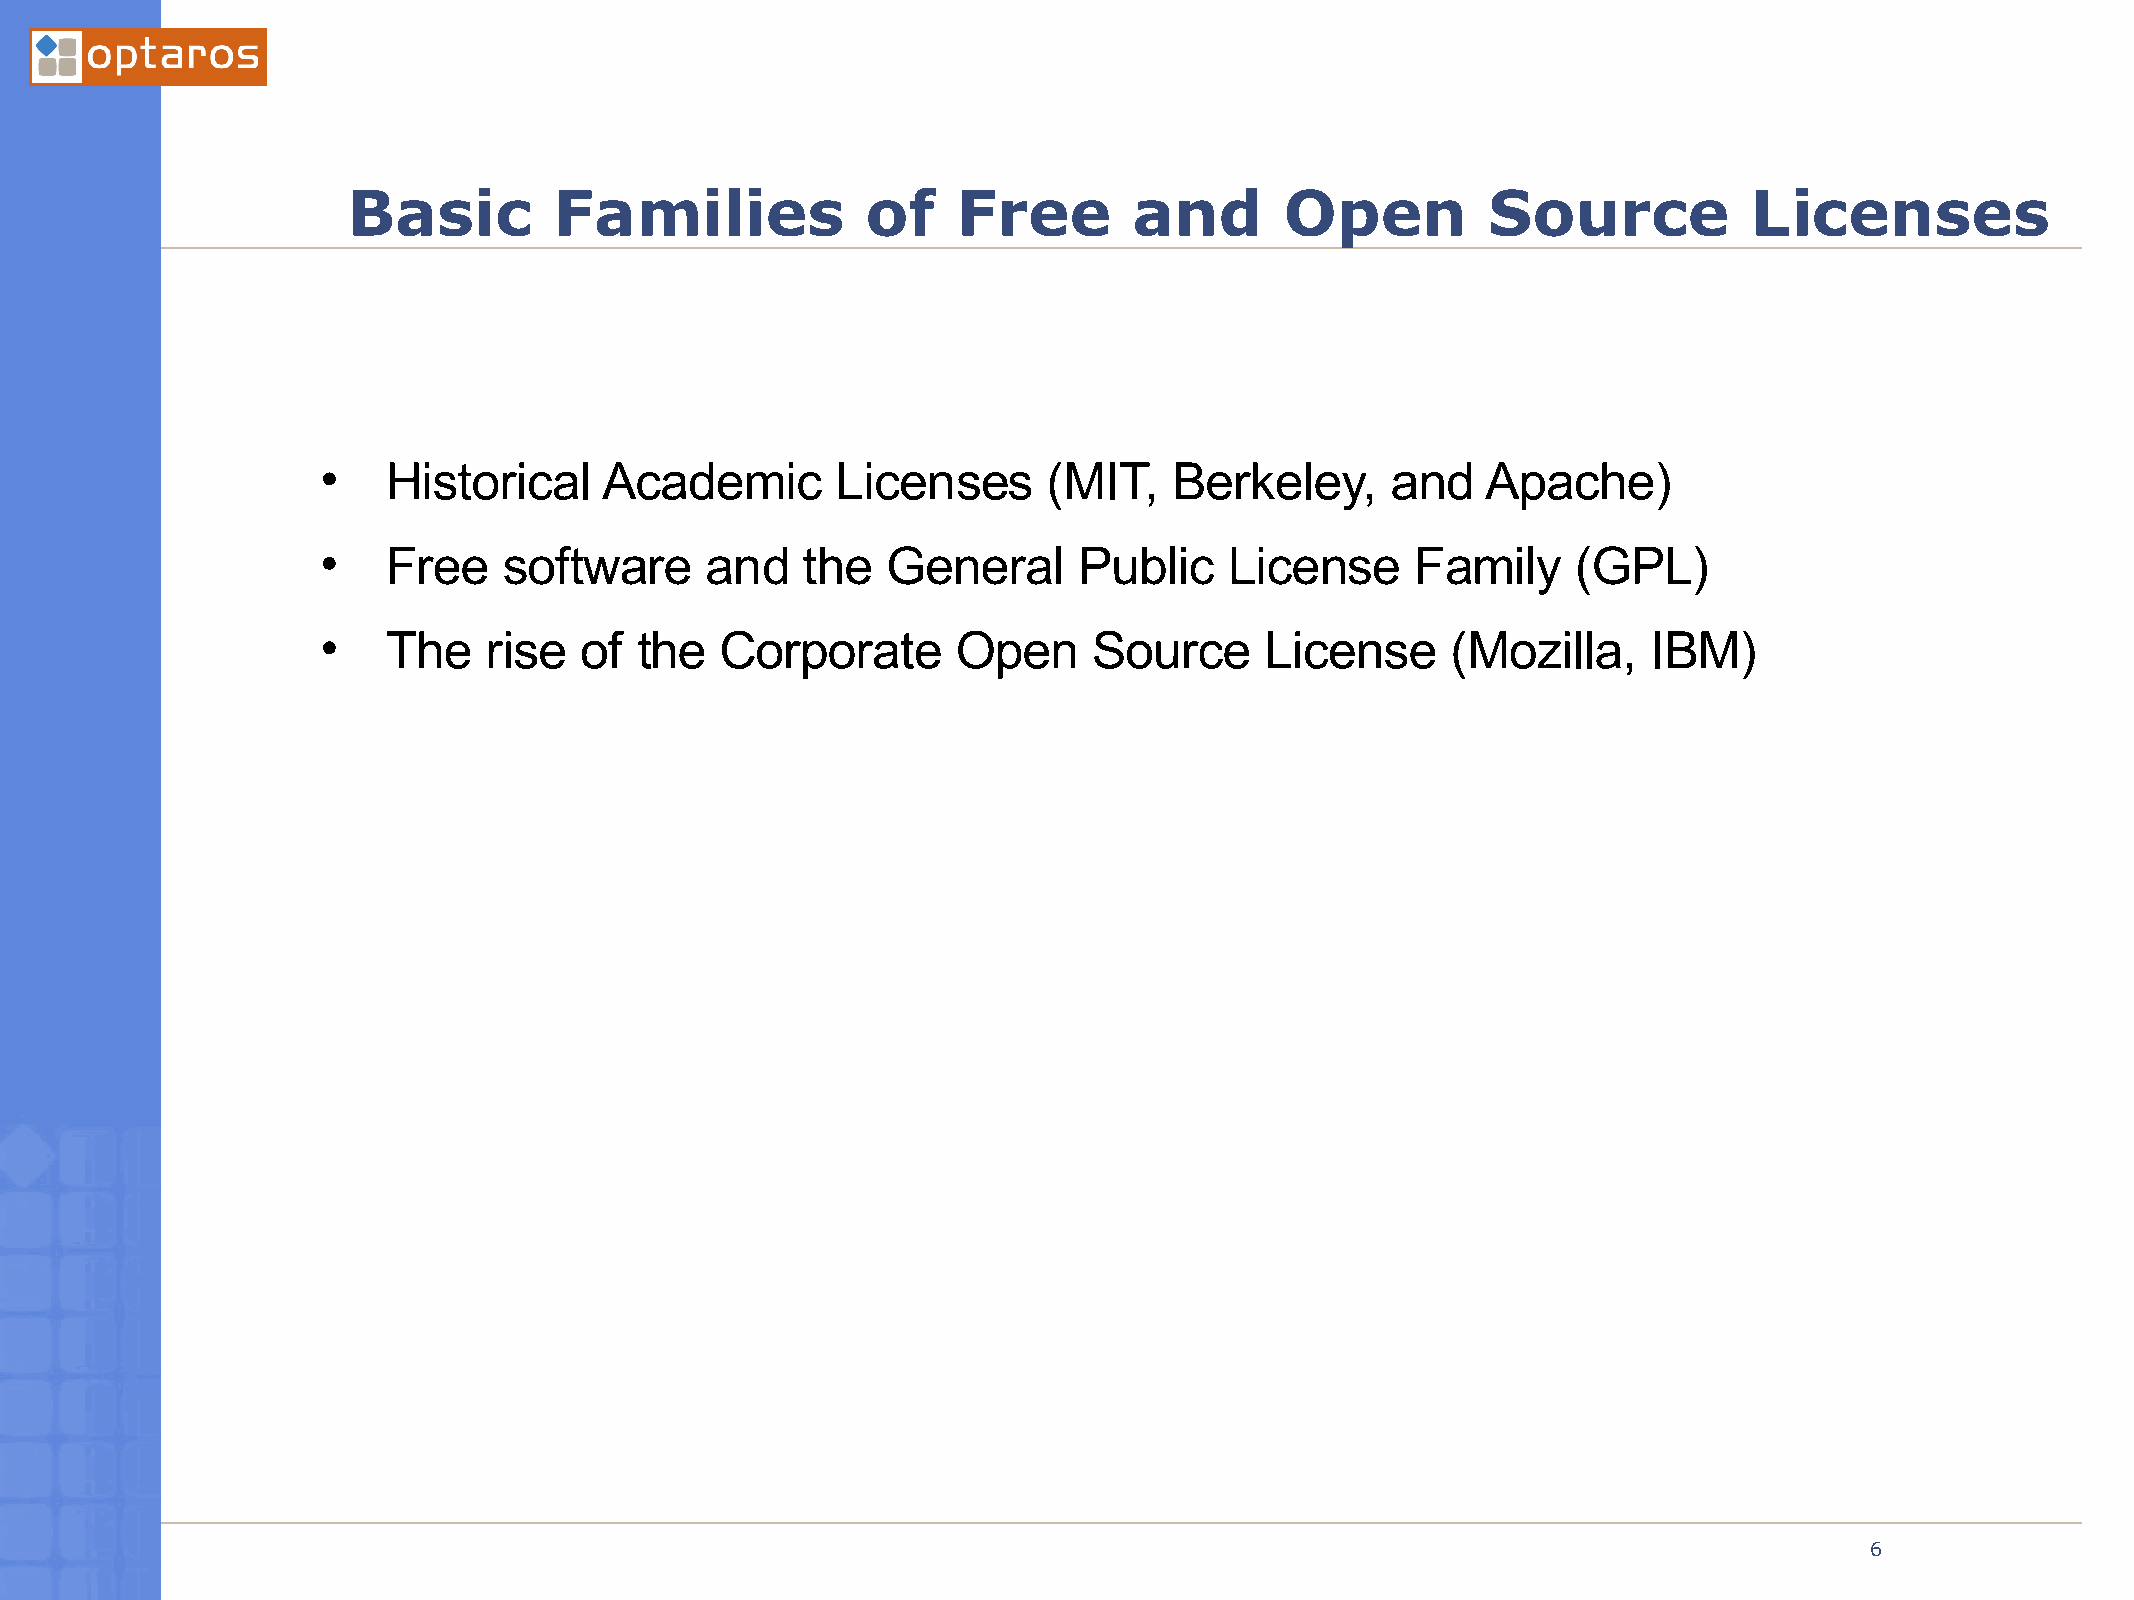
Basic         Families            of    Free        and       Open         Source            Licenses
 •    Historical    Academic       Licenses      (MIT,    Berkeley,     and   Apache)
 •    Free   software      and   the   General     Public    License      Family    (GPL)
 •    The   rise  of  the   Corporate      Open     Source      License     (Mozilla,    IBM)
 03/21/2005
 6